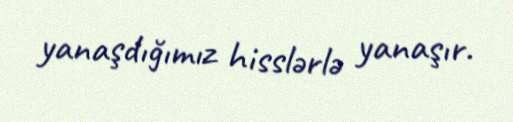
yanaşdığımız hisslərlə yanaşır.